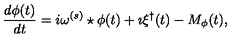
\frac { d \phi ( t ) } { d t } = i \omega ^ { ( s ) } \star \phi ( t ) + \imath \xi ^ { \dagger } ( t ) - M _ { \phi } ( t ) ,